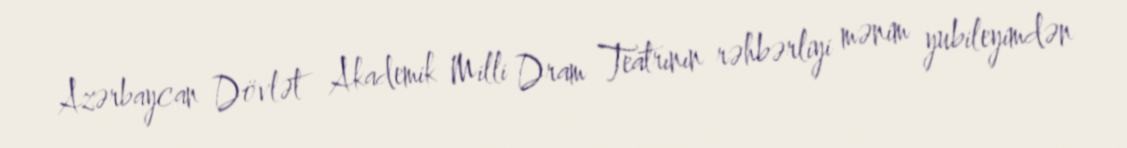
Azərbaycan Dövlət Akademik Milli Dram Teatrının rəhbərliyi mənim yubileyimdən